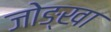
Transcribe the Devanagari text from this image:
जोङ्खा